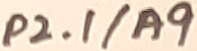
Text: P2.1/A9